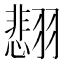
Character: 𫅰